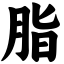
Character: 脂